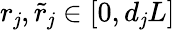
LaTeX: r_{\mathit{j}},\tilde{{r}}_{\mathit{j}}\in[0,d_{\mathit{j}}L]